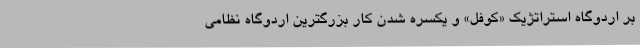
بر اردوگاه استراتژیک «کَوفَل» و یکسره شدن کار بزرگترین اردوگاه نظامی